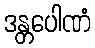
ဒန္တပေါဏံ